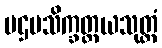
ပဌမသိက္ခတ္တယသုတ္တံ